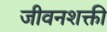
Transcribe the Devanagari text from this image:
जीवनशक्ती